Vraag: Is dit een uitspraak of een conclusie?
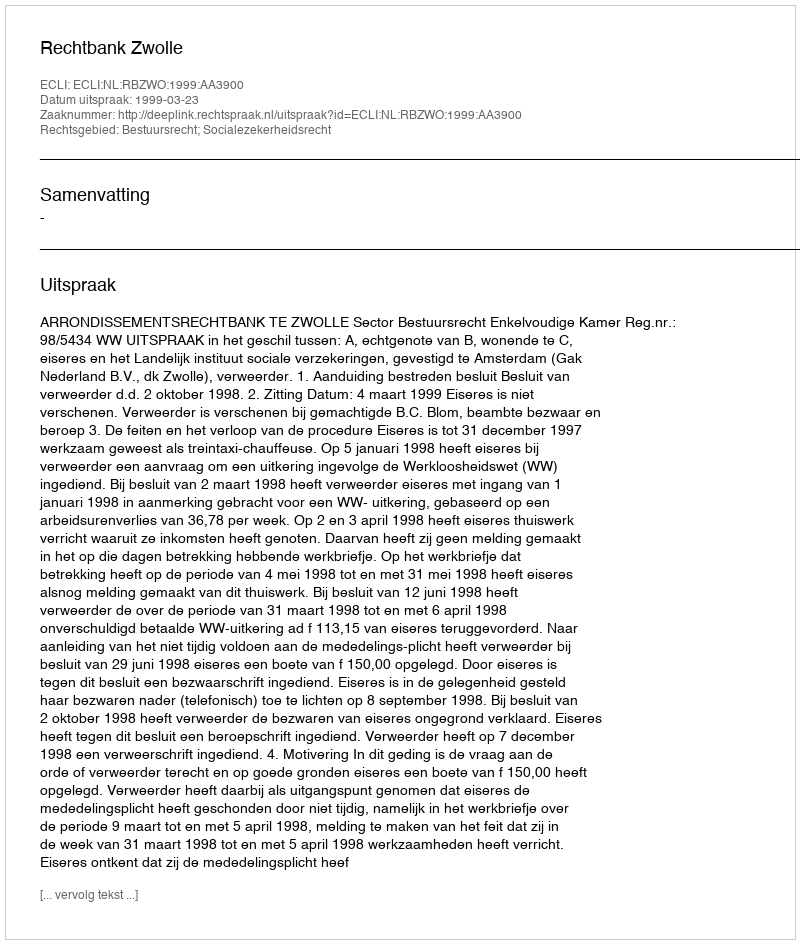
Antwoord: Uitspraak